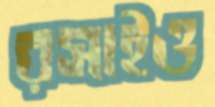
রসাইও